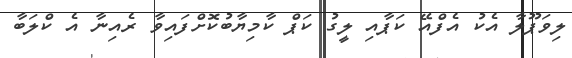
ލިވަޕޫލާ އެކު އެފްއޭ ކަޕާއި ލީގު ކަޕް ކާމިޔާބުކޮށްފައިވާ ރެއިނާ އެ ކްލަބާ